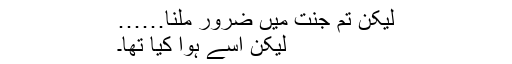
لیکن تم جنت میں ضرور ملنا……
لیکن اسے ہوا کیا تھا۔